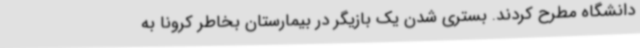
دانشگاه مطرح کردند. بستری شدن یک بازیگر در بیمارستان بخاطر کرونا به